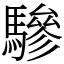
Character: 驂